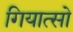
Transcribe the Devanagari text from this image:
गियात्सो